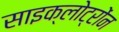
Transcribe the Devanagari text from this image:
साइक्लोट्रोंन